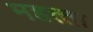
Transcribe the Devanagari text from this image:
महत्त्ता